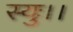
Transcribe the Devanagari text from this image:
स्युः।।